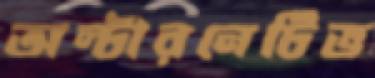
অল্টারনেটিভ